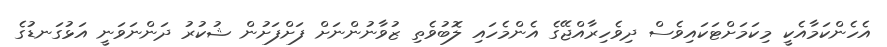
އެހެންކަމާއެކީ މިކަމަށްޓަކައިވެސް ދިވެހިރާއްޖޭގެ އެންމެހައި ލޮބުވެތި ޒުވާނުންނަށް ފަށްފަށުން ޝުކުރު ދަންނަވަނީ އަޅުގަނޑުގެ